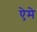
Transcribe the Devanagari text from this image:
ऐमे